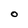
Character: O